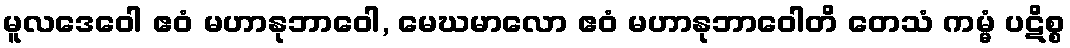
မူလဒေဝေါ ဧဝံ မဟာနုဘာဝေါ, မေဃမာလော ဧဝံ မဟာနုဘာဝေါတိ တေသံ ကမ္မံ ပဋိစ္စ